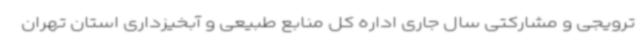
ترویجی و مشارکتی سال جاری اداره کل منابع طبیعی و آبخیزداری استان تهران